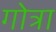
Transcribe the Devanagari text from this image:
गोत्रा